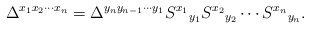
\begin{align*}\Delta^{x_1x_2\cdots x_n}= \Delta^{y_n y_{n-1}\cdots y_1} S^{x_1}{}_{y_1}S^{x_2}{}_{y_2}\cdots S^{x_n}{}_{y_n}.\end{align*}